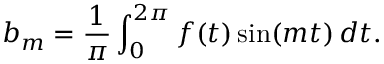
b _ { m } = { \frac { 1 } { \pi } } \int _ { 0 } ^ { 2 \pi } f ( t ) \sin ( m t ) \, d t .